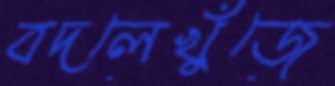
বদলেখুঁজে